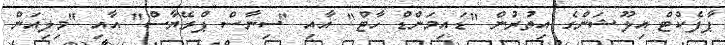
ޕާފެކްޓް އިލޫޝަންގެ އިތުރުން "ޑައިމަންޑް ހާޓް" އާއި "ސިނާސް ޕްރޭޔާސް" އާއި "މިލިއަން